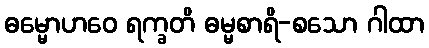
ဓမ္မောဟဝေ ရက္ခတိ ဓမ္မစာရိ-စသော ဂါထာ